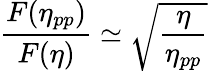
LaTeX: \frac{F(\eta_{pp})}{F(\eta)}\simeq\sqrt{\frac{\eta}{\eta_{pp}}}